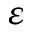
\varepsilon